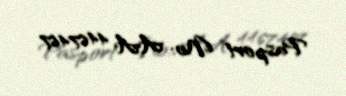
Pasport №: AA 4467467